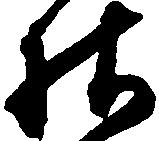
様